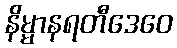
နိမ္မာနရတီဒေဝေ